Vaccination report Assam 1874-1896 - 1874-1896
Year: 1874
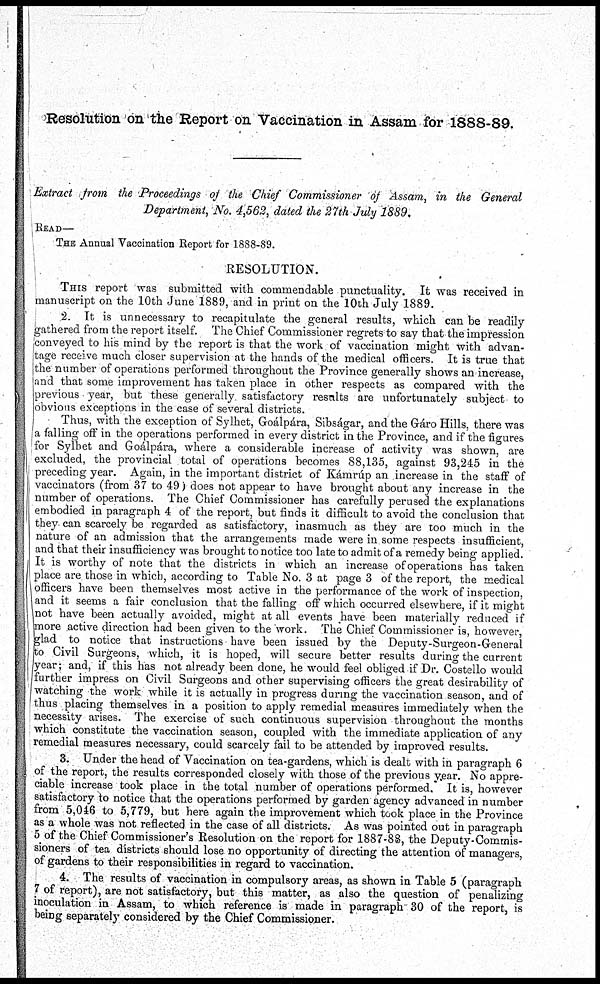
Resolution on the Report on Vaccination in Assam for 1888-89.
Extract from the Proceedings of the Chief Commissioner of Assam, in the General
Department, No. 4,562, dated the 27th July 1889.
READ—
THE Annual Vaccination Report for 1888-89.
RESOLUTION.
THIS report was submitted with commendable punctuality. It was received in
manuscript on the 10th June 1889, and in print on the 10th July 1889.
2. It is unnecessary to recapitulate the general results, which can be readily
gathered from the report itself. The Chief Commissioner regrets to say that the impression
conveyed to his mind by the report is that the work of vaccination might with advan-
tage receive much closer supervision at the hands of the medical officers. It is true that
the number of operations performed throughout the Province generally shows an increase,
and that some improvement has taken place in other respects as compared with the
previous year, but these generally satisfactory results are unfortunately subject to
obvious exceptions in the case of several districts.
Thus, with the exception of Sylhet, Goálpára, Sibságar, and the Gáro Hills, there was
a falling off in the operations performed in every district in the Province, and if the figures
for Sylhet and Goálpára, where a considerable increase of activity was shown, are
excluded, the provincial total of operations becomes 88,135, against 93,245 in the
preceding year. Again, in the important district of Kámráp an increase in the staff of
vaccinators (from 37 to 49) does not appear to have brought about any increase in the
number of operations. The Chief Commissioner has carefully perused the explanations
embodied in paragraph 4 of the report, but finds it difficult to avoid the conclusion that
they can scarcely be regarded as satisfactory, inasmuch as they are too much in the
nature of an admission that the arrangements made were in some respects insufficient,
and that their insufficiency was brought to notice too late to admit of a remedy being applied.
It is worthy of note that the districts in which an increase of operations has taken
place are those in which, according to Table No. 3 at page 3 of the report, the medical
officers have been themselves most active in the performance of the work of inspection,
and it seems a fair conclusion that the falling off which occurred elsewhere, if it might
not have been actually avoided, might at all events have been materially reduced if
more active direction had been given to the work. The Chief Commissioner is, however,
glad to notice that instructions have been issued by the Deputy-Surgeon-General
to Civil Surgeons, which, it is hoped, will secure better results during the current
year; and, if this has not already been done, he would feel obliged if Dr. Costello would
further impress on Civil Surgeons and other supervising officers the great desirability of
watching the work while it is actually in progress during the vaccination season, and of
thus placing themselves in a position to apply remedial measures immediately when the
necessity arises. The exercise of such continuous supervision throughout the months
which constitute the vaccination season, coupled with the immediate application of any
remedial measures necessary, could scarcely fail to be attended by improved results.
3. Under the head of Vaccination on tea-gardens, which is dealt with in paragraph 6
of the report, the results corresponded closely with those of the previous year. No appre-
ciable increase took place in the total number of operations performed. It is, however
satisfactory to notice that the operations performed by garden agency advanced in number
from 5,046 to 5,779, but here again the improvement which took place in the Province
as a whole was not reflected in the case of all districts. As was pointed out in paragraph
5 of the Chief Commissioner's Resolution on the report for 1887-88, the Deputy-Commis-
sioners of tea districts should lose no opportunity of directing the attention of managers,
of gardens to their responsibilities in regard to vaccination.
4. The results of vaccination in compulsory areas, as shown in Table 5 (paragraph
7 of report), are not satisfactory, but this matter, as also the question of penalizing
inoculation in Assam, to which reference is made in paragraph 30 of the report, is
being separately considered by the Chief Commissioner.